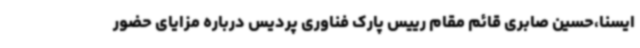
ایسنا،حسین صابری قائم‌ مقام رییس پارک فناوری پردیس درباره مزایای حضور